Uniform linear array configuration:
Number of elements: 16
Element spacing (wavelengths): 0.5
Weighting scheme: binomial
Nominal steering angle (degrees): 0
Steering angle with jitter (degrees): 1.596
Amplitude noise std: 0.05
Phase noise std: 0.05

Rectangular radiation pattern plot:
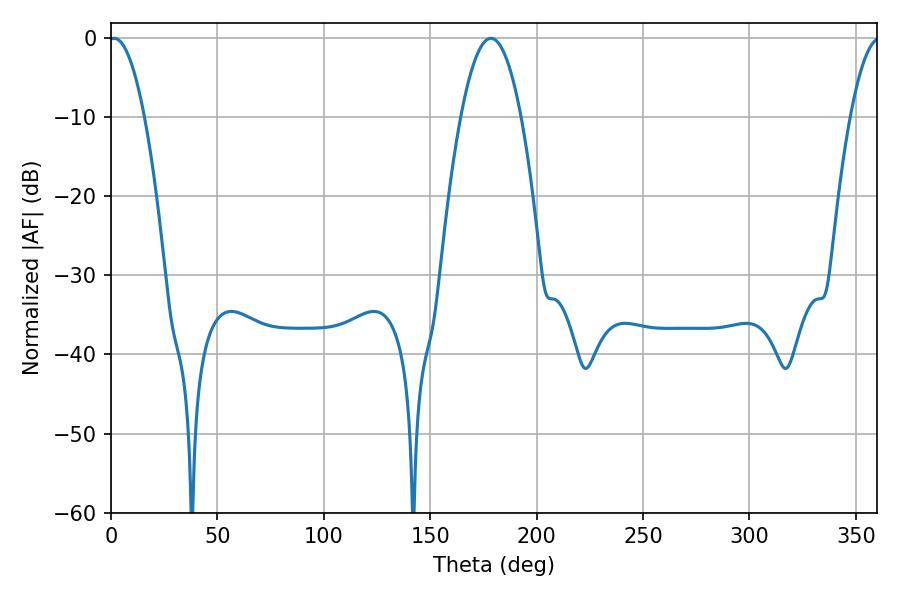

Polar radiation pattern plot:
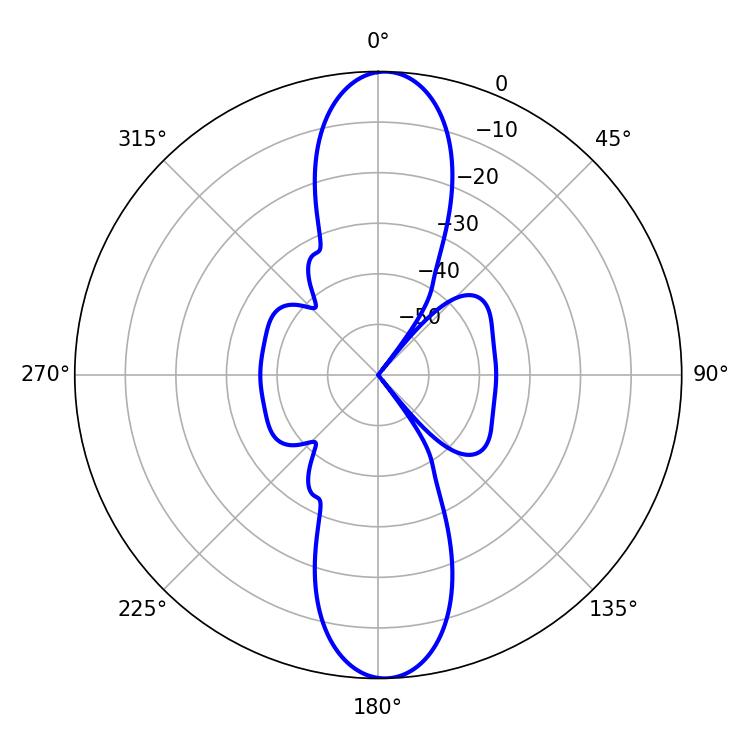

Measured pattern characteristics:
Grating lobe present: FALSE
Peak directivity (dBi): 21.22
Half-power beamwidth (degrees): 9.18
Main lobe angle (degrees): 1.44